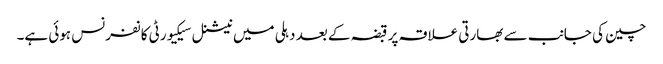
چین کی جانب سے بھارتی علاقہ پر قبضہ کے بعد دہلی میں نیشنل سیکیورٹی کانفرنس ہوئی ہے۔